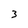
Character: 3